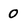
Character: 0